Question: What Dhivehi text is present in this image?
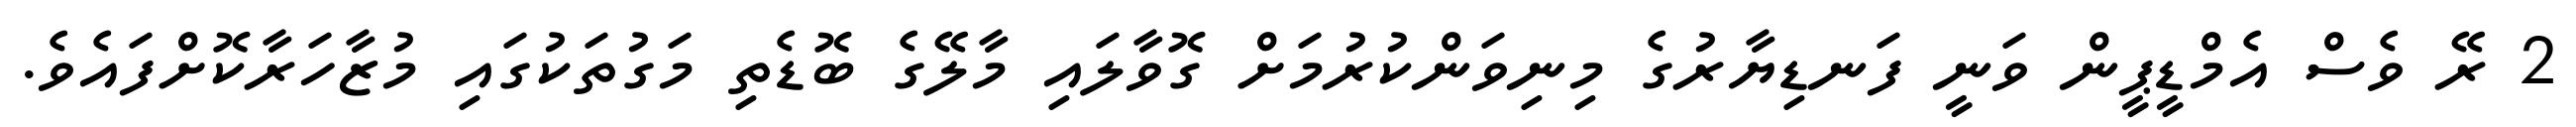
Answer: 2 ރޭ ވެސް އެމްޑީޕީން ވަނީ ފަނޑިޔާރުގެ މިނިވަންކުރުމަށް ގޮވާލައި މާލޭގެ ބޮޑެތި މަގުތަކުގައި މުޒާހަރާކޮށްފައެވެ.